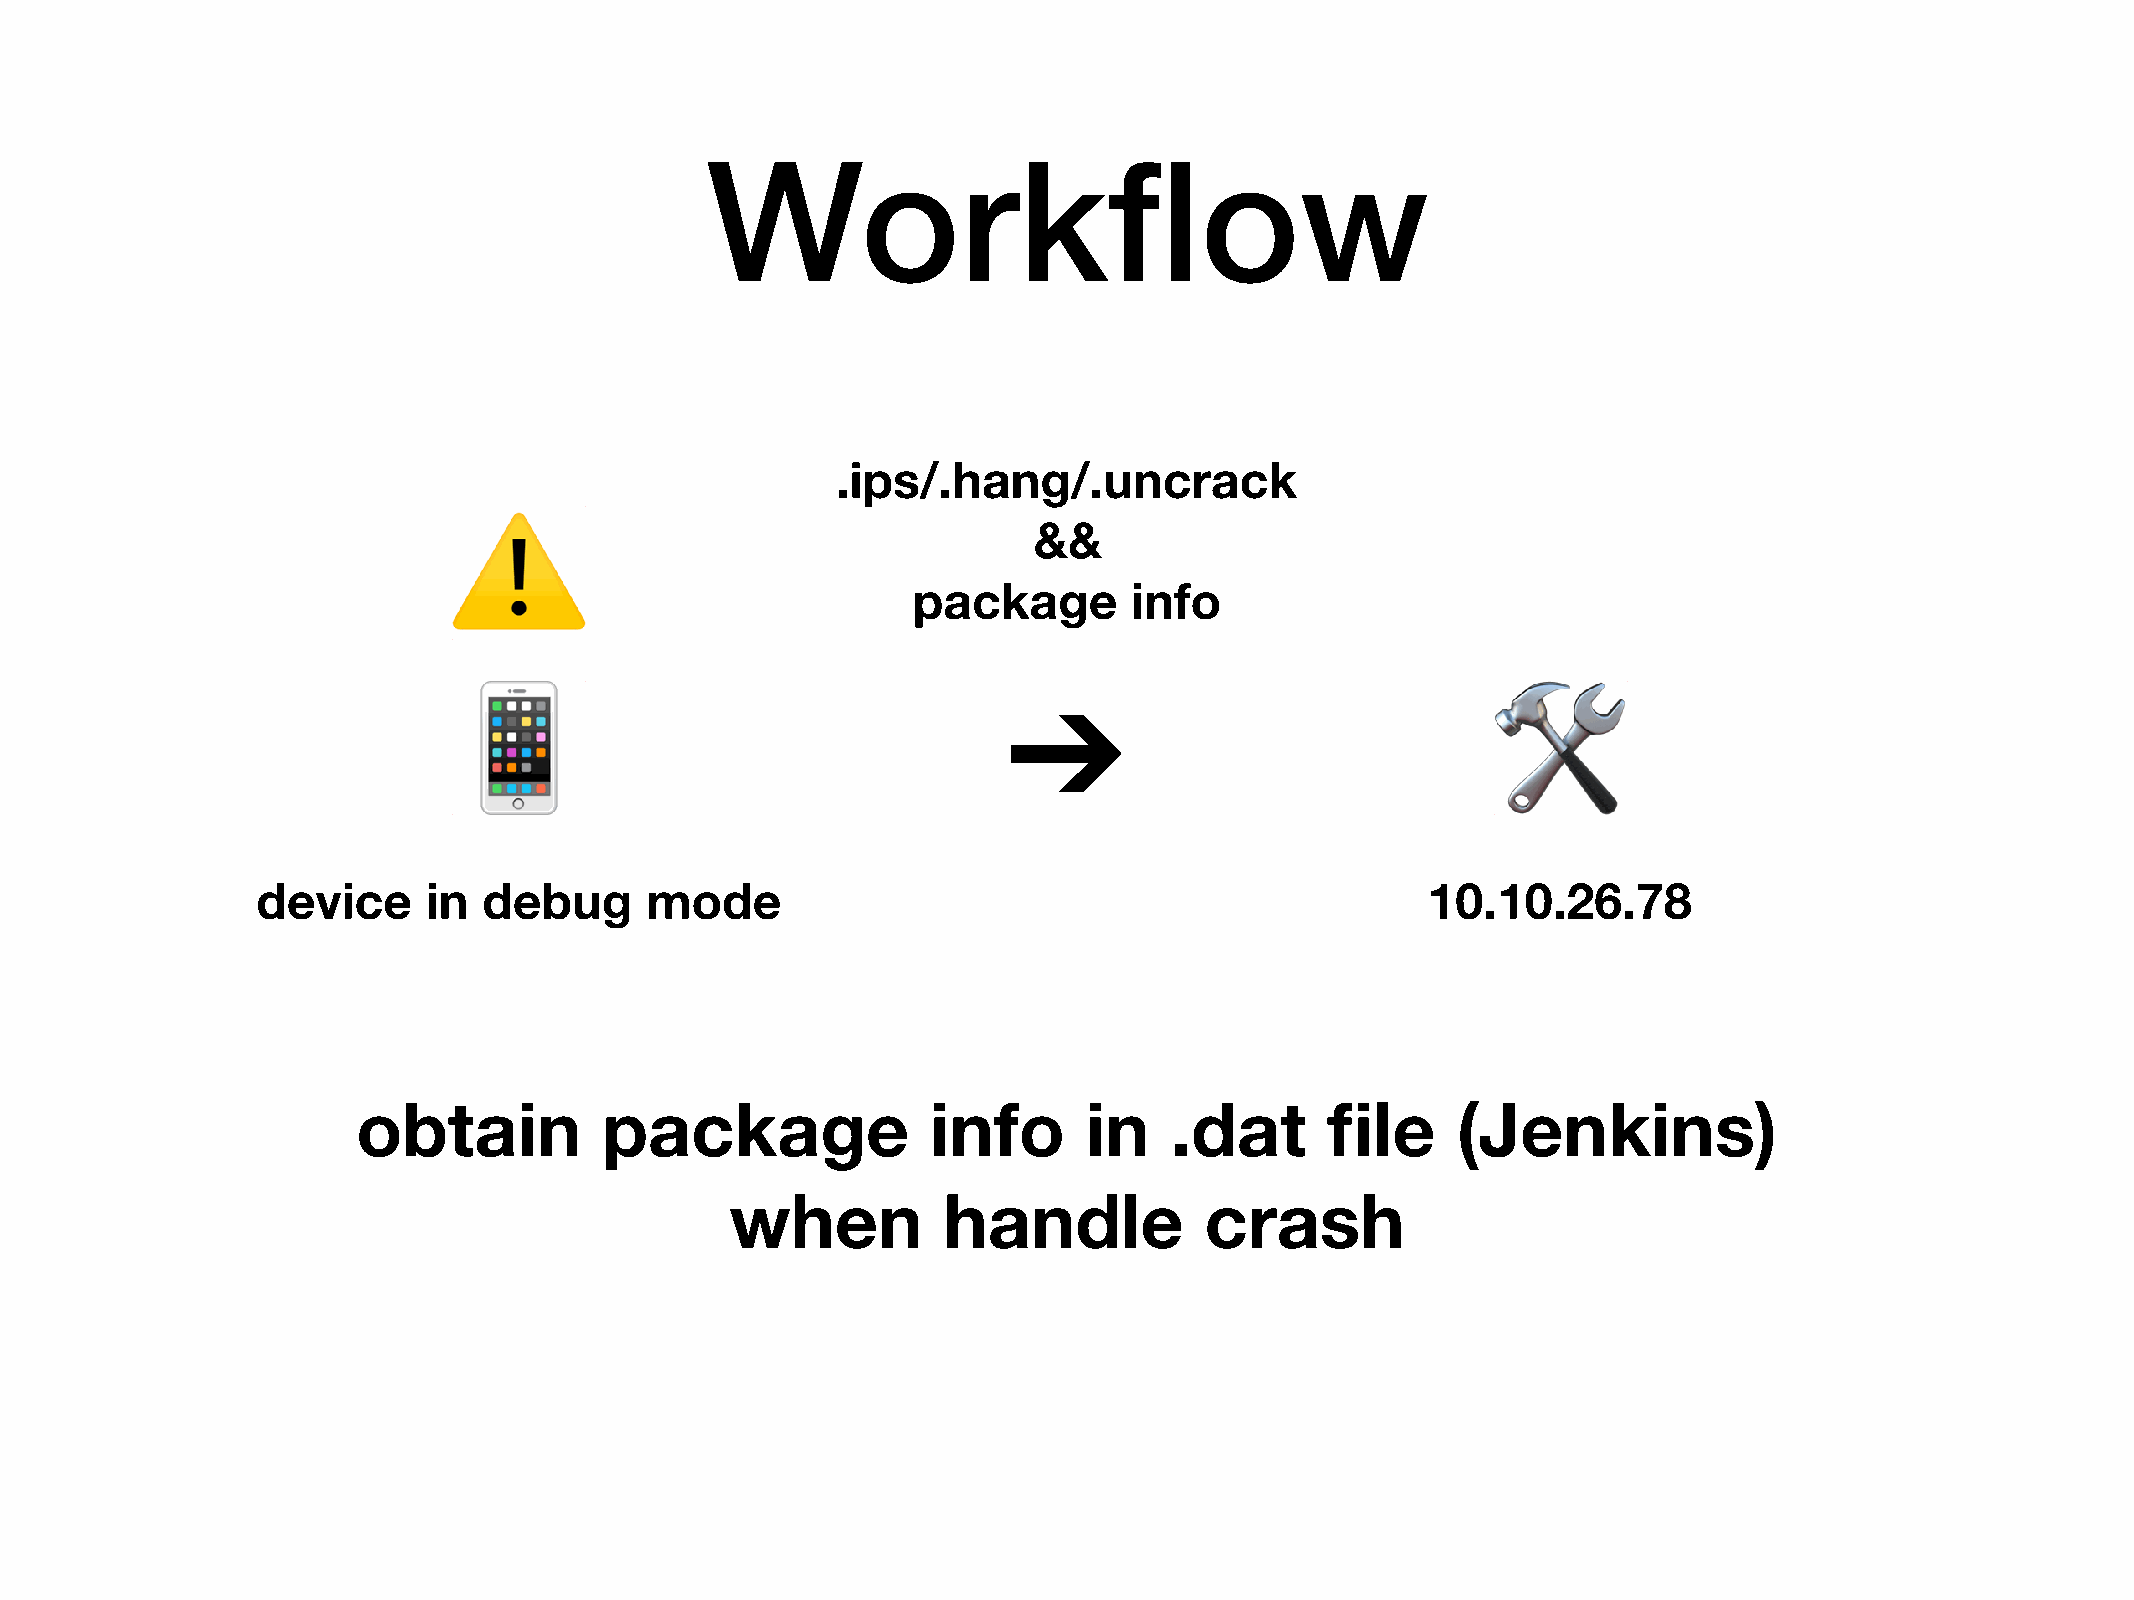
Workflow
 .ips/.hang/.uncrack
 &&
 ⚠
 package        info
 ➔
 📱                                                                    🛠
 device     in  debug      mode                                               10.10.26.78
 obtain          package               info      in   .dat       file    (Jenkins)
 when          handle            crash